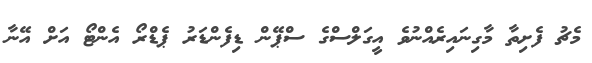
މެޗު ފެށިތާ މާގިނައިރެއްނުވެ އީގަލްސްގެ ސްޕޭން ޑިފެންޑަރު ޕެޑްރޯ އެންޓޯ އަށް އޭނާ